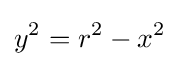
y^{2}=r^{2}-x^{2}